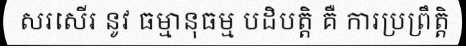
សរសើរ នូវ ធម្មានុធម្ម បដិបត្តិ គឺ ការប្រព្រឹត្តិ